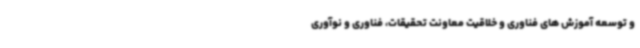
و توسعه آموزش های فناوری و خلاقیت معاونت تحقیقات، فناوری و نوآوری